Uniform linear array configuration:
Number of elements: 8
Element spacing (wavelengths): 0.25
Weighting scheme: cosine
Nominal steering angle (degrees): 15
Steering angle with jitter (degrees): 13.567
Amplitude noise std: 0.05
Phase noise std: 0.05

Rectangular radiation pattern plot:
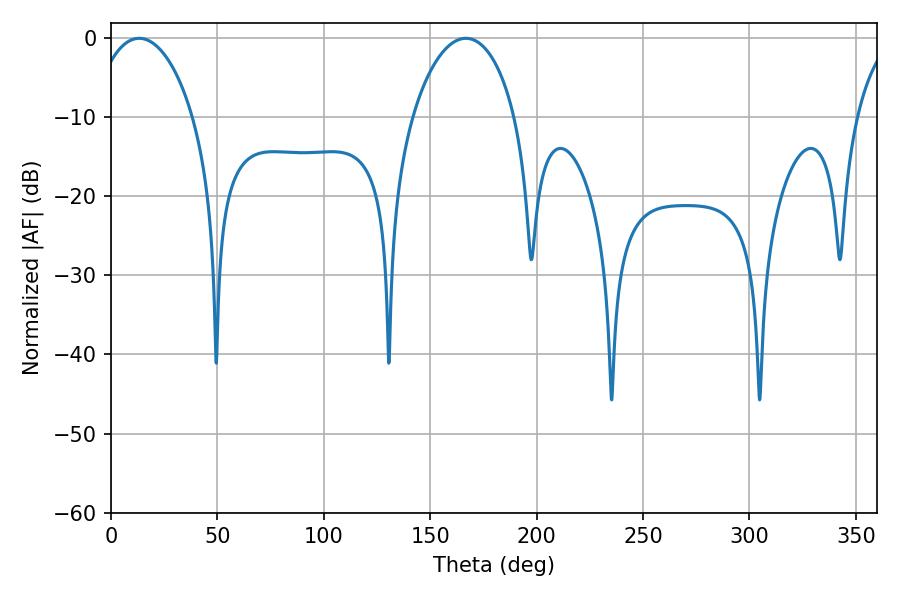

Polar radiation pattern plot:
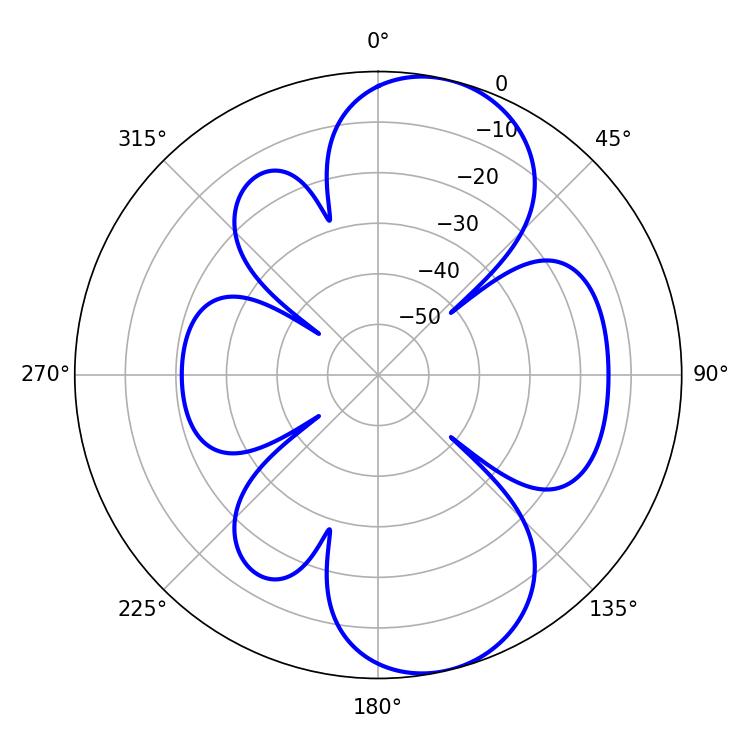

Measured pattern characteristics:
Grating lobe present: FALSE
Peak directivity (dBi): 8.959
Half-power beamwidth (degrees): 27.36
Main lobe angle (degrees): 13.32